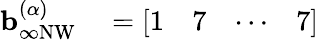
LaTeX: \begin{array}{rl}{\mathbf{b}_{\infty\mathrm{NW}}^{(\alpha)}}&{{}=\left[\begin{array}{llll}{1}&{7}&{\cdots}&{7}\end{array}\right]}\end{array}